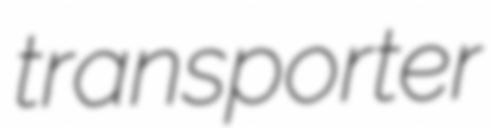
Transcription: transporter